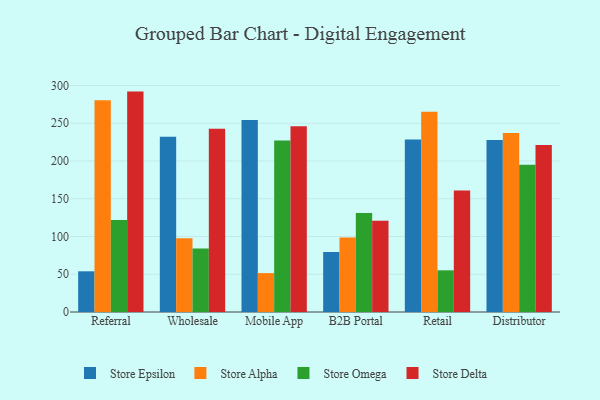
{"axis": {"x": "Channel", "y": "Backlog"}, "legend": ["Store Alpha", "Store Delta", "Store Epsilon", "Store Omega"], "data": [{"x": "Referral", "y": 53.9, "type": "Store Epsilon"}, {"x": "Referral", "y": 280.6, "type": "Store Alpha"}, {"x": "Referral", "y": 122.0, "type": "Store Omega"}, {"x": "Referral", "y": 291.9, "type": "Store Delta"}, {"x": "Wholesale", "y": 232.0, "type": "Store Epsilon"}, {"x": "Wholesale", "y": 97.7, "type": "Store Alpha"}, {"x": "Wholesale", "y": 84.0, "type": "Store Omega"}, {"x": "Wholesale", "y": 242.8, "type": "Store Delta"}, {"x": "Mobile App", "y": 254.3, "type": "Store Epsilon"}, {"x": "Mobile App", "y": 51.5, "type": "Store Alpha"}, {"x": "Mobile App", "y": 227.3, "type": "Store Omega"}, {"x": "Mobile App", "y": 245.9, "type": "Store Delta"}, {"x": "B2B Portal", "y": 79.5, "type": "Store Epsilon"}, {"x": "B2B Portal", "y": 98.6, "type": "Store Alpha"}, {"x": "B2B Portal", "y": 131.0, "type": "Store Omega"}, {"x": "B2B Portal", "y": 121.0, "type": "Store Delta"}, {"x": "Retail", "y": 228.4, "type": "Store Epsilon"}, {"x": "Retail", "y": 265.2, "type": "Store Alpha"}, {"x": "Retail", "y": 55.2, "type": "Store Omega"}, {"x": "Retail", "y": 160.9, "type": "Store Delta"}, {"x": "Distributor", "y": 227.8, "type": "Store Epsilon"}, {"x": "Distributor", "y": 237.0, "type": "Store Alpha"}, {"x": "Distributor", "y": 195.1, "type": "Store Omega"}, {"x": "Distributor", "y": 221.1, "type": "Store Delta"}]}